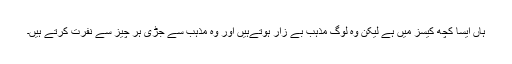
ہاں ایسا کچھ کیسز میں ہے لیکن وہ لوگ مذہب بے زار ہوتےہیں اور وہ مذہب سے جڑی ہر چیز سے نفرت کرتے ہیں۔